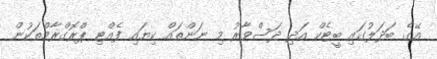
އޭގެ ބަދަލުގައި ބީޓެކް އަދި ދަސްވާރު މި ނަންތައް ކިޔައި ފެއްޓި ޕްރޮގްރާމްތަކުން